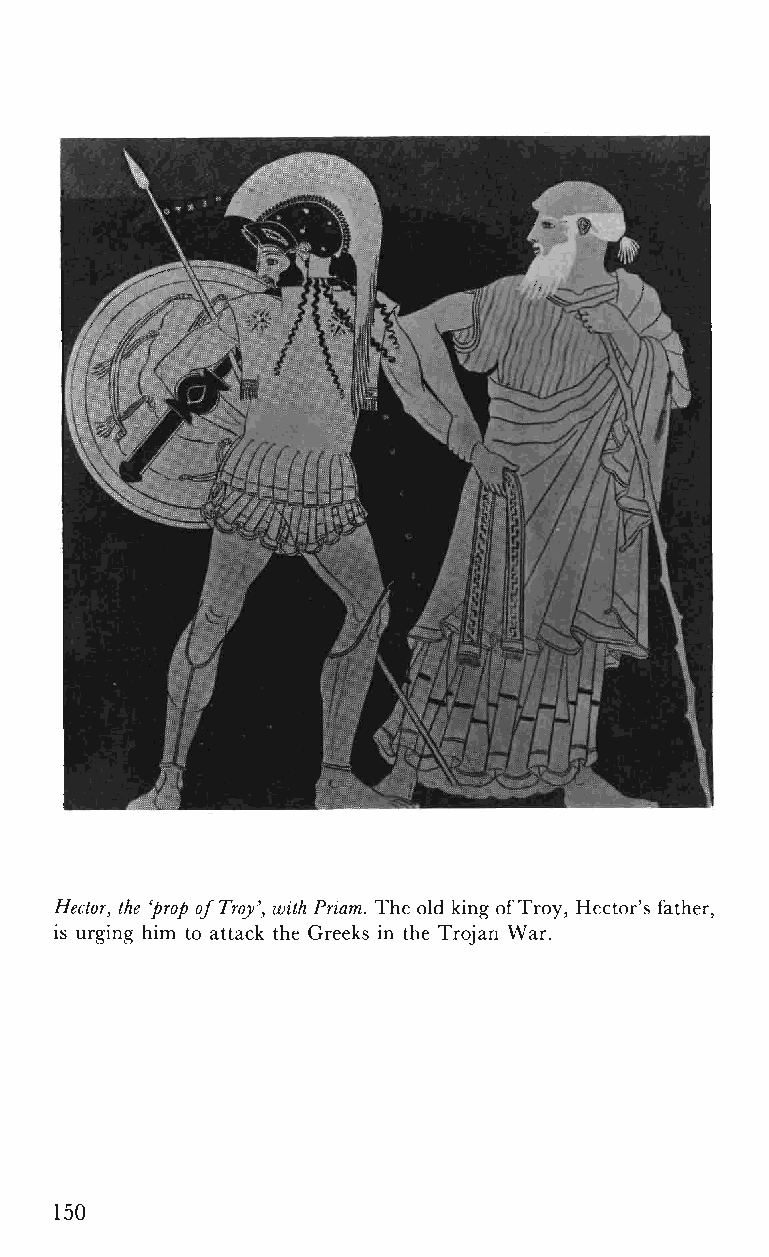
Hector, the 'prop of Troy', with Priam. The old king of Troy, Hector's father,
 is urging him to attack the Greeks in the Trojan War.
 150